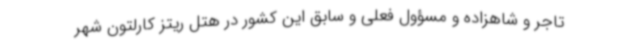
تاجر و شاهزاده و مسؤول فعلی و سابق این کشور در هتل ریتز کارلتون شهر